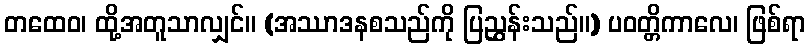
တထေဝ၊ ထို့အတူသာလျှင်။ (အဿာဒနစသည်ကို ပြညွှန်းသည်။) ပဝတ္တိကာလေ၊ ဖြစ်ရာ